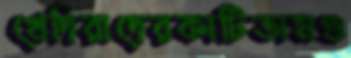
খেদিরাদেরকাটিতামগু